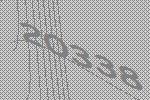
20338